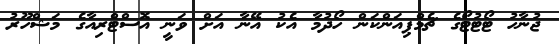
ޖުނާހު ޓޯޓުޓޯގެ ޗެމްޕިއަންކަން ހޯދުމާ އެކު އޭނާ އަށް ވަނީ އޮސްޓްރިއާގެ މަޝްހޫރު